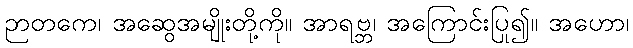
ဉာတကေ၊ အဆွေအမျိုးတို့ကို။ အာရဗ္ဘ၊ အကြောင်းပြု၍။ အဟော၊